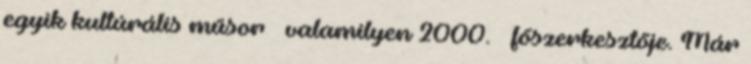
egyik kultú­rális műsor – valamilyen 2000. – főszer­kesz­tője. Már